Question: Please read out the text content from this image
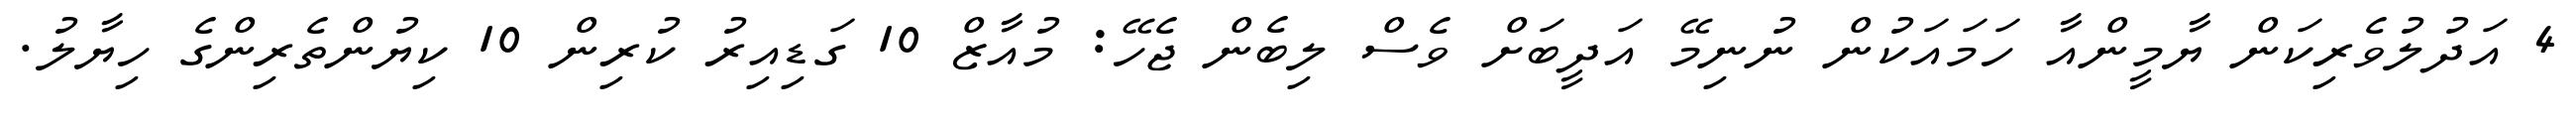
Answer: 4 އަދުލުވެރިކަން ޔާމީންއާ ހަމައަކުން ނުނިމޭ އަދީބަށް ވެސް ލިބެން ޖެހޭ: މުއާޒް 10 ގަޑިއިރު ކުރިން 10 ކިޔުންތެރިންގެ ހިޔާލު.